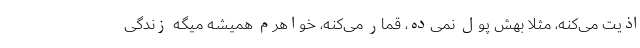
اذیت می‌کنه، مثلا بهش پول نمی‌ده، قمار می‌کنه، خواهرم همیشه میگه زندگی